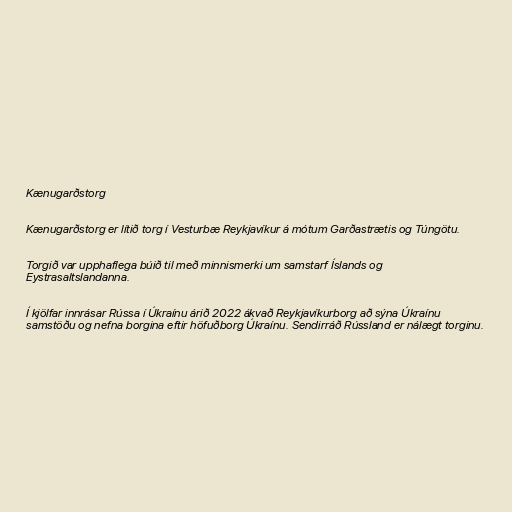
Kænugarðstorg

Kænugarðstorg er lítið torg í Vesturbæ Reykjavíkur á mótum Garðastrætis og Túngötu.

Torgið var upphaflega búið til með minnismerki um samstarf Íslands og
Eystrasaltslandanna.

Í kjölfar innrásar Rússa í Úkraínu árið 2022 ákvað Reykjavíkurborg að sýna Úkraínu
samstöðu og nefna borgina eftir höfuðborg Úkraínu. Sendirráð Rússland er nálægt torginu.